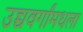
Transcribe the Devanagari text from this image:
उच्चवर्गांमधला